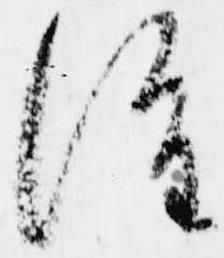
誰